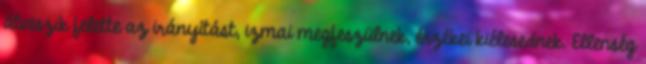
átveszik felette az irányítást, izmai megfeszülnek, érzékei kiélesednek. Ellenség